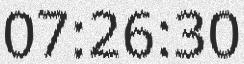
07:26:30